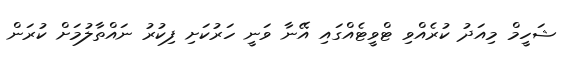
ޝަހީމް މިއަދު ކުރެއްވި ޓްވީޓެއްގައި އޭނާ ވަނީ ހަރުކަށި ފިކުރު ނައްތާލުމަށް ކުރަން